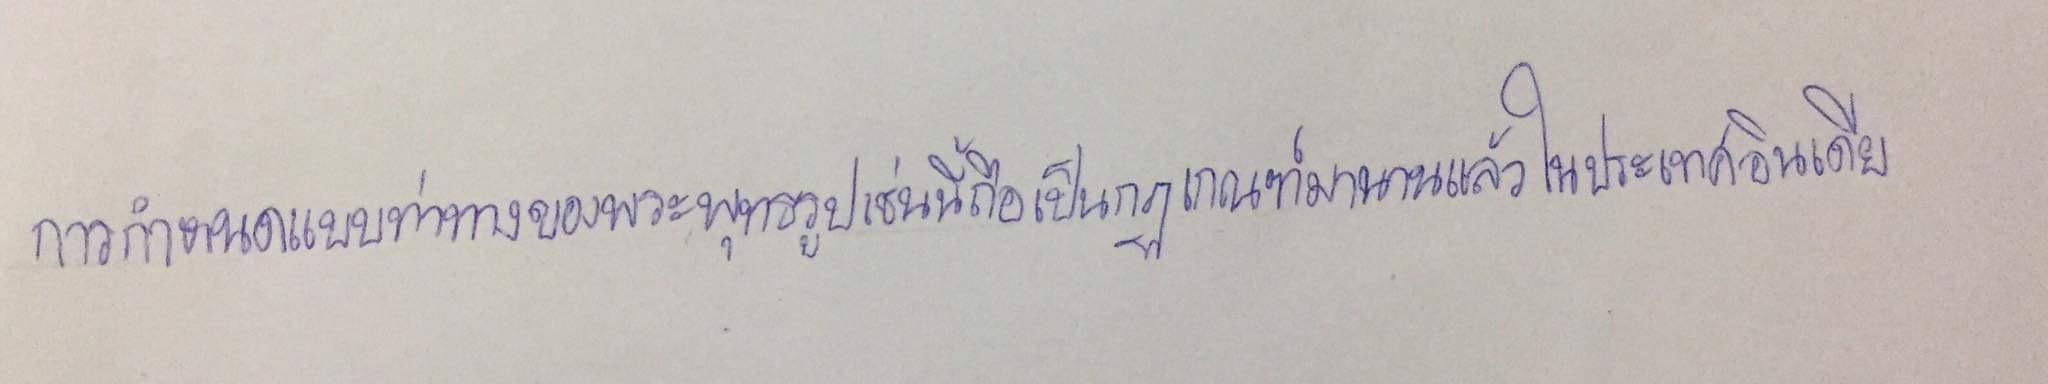
การกำหนดแบบท่าทางของพระพุทธรูปเช่นนี้ถือเป็นกฎเกณฑ์มานานแล้วในประเทศอินเดีย